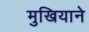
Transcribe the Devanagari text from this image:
मुखियाने